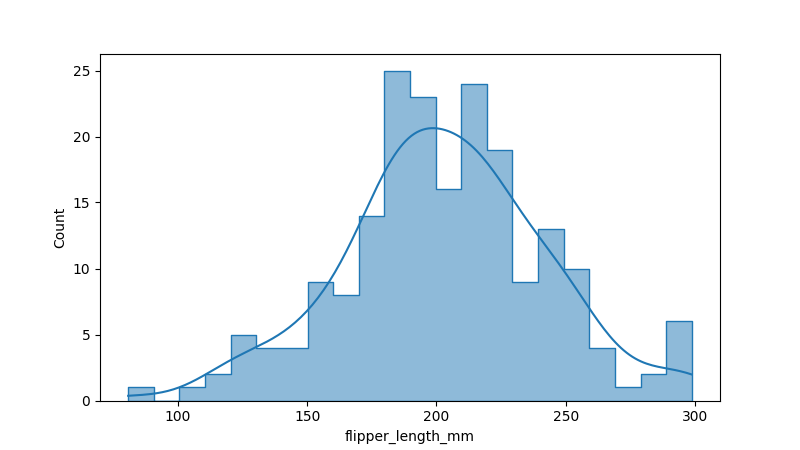
python, seaborn, histplot, hue='all', binwidth=10, bins='10', element='step'